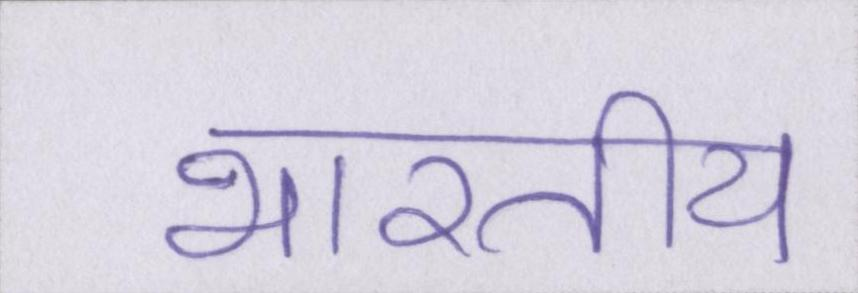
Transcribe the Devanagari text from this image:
भारतीय